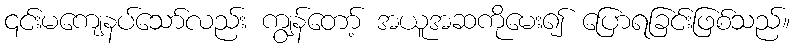
၎င်းမကျေနပ်သော်လည်း ကျွန်တော့် အယူအဆကိုမေး၍ ပြောရခြင်းဖြစ်သည်။